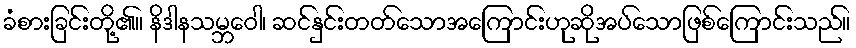
ခံစားခြင်းတို့၏။ နိဒါနသမ္ဘဝေါ၊ ဆင်နှင်းတတ်သောအကြောင်းဟုဆိုအပ်သောဖြစ်ကြောင်းသည်။